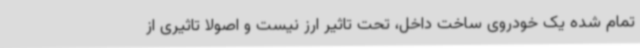
تمام شده یک خودروی ساخت داخل، تحت تاثیر ارز نیست و اصولا تاثیری از